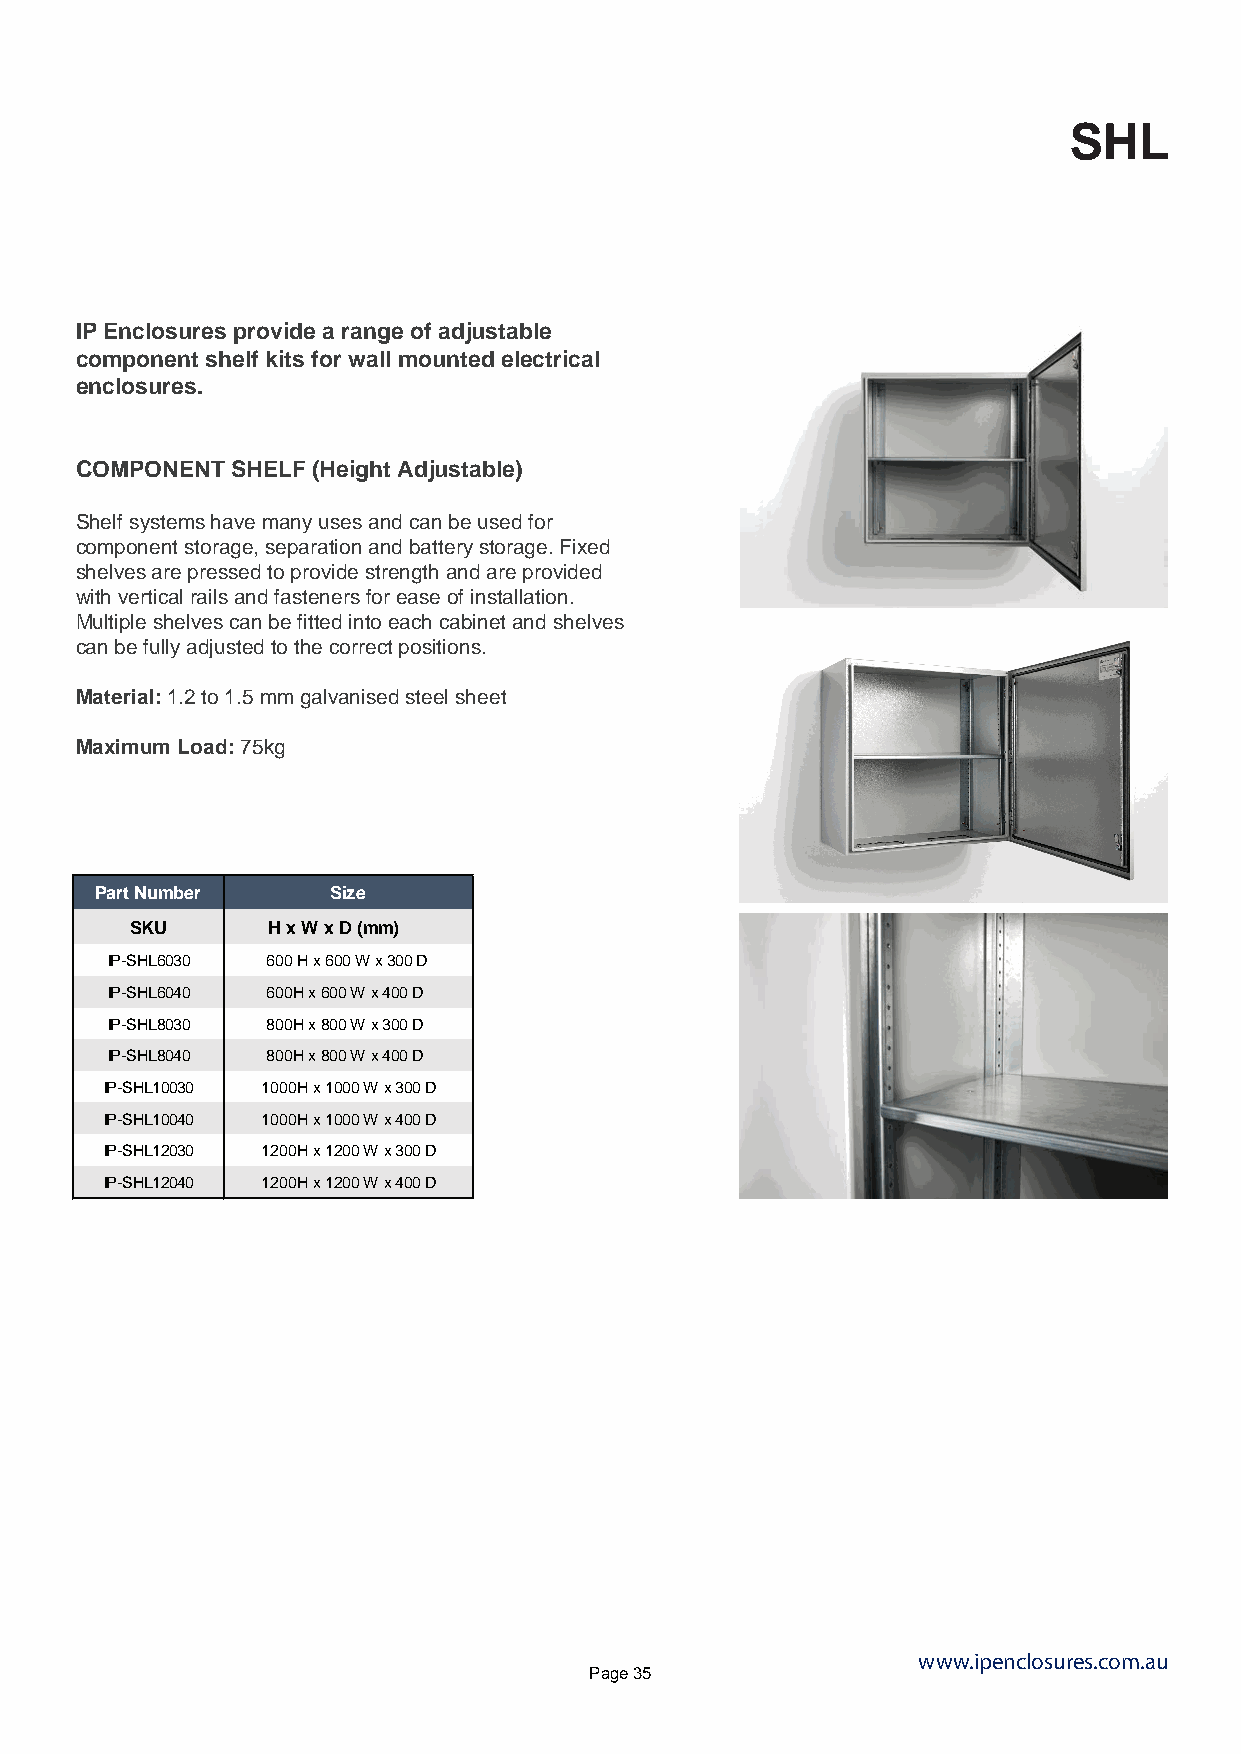
SHL
 IP Enclosures provide a range of adjustable
 component shelf kits for wall mounted electrical
 enclosures.
 COMPONENT SHELF (Height Adjustable)
 Shelf systems have many uses and can be used for
 component storage, separation and battery storage. Fixed
 shelves are pressed to provide strength and are provided
 with vertical rails and fasteners for ease of installation.
 Multiple shelves can be fitted into each cabinet and shelves
 can be fully adjusted to the correct positions.
 Material: 1.2 to 1.5 mm galvanised steel sheet
 Maximum Load: 75kg
 Part Number     Size
 SKU      H x W x D (mm)
 IP-SHL6030 600 H x 600 W x 300 D
 IP-SHL6040 600H x 600 W x 400 D
 IP-SHL8030 800H x 800 W x 300 D
 IP-SHL8040 800H x 800 W x 400 D
 IP-SHL10030 1000H x 1000 W x 300 D
 IP-SHL10040 1000H x 1000 W x 400 D
 IP-SHL12030 1200H x 1200 W x 300 D
 IP-SHL12040 1200H x 1200 W x 400 D
 www.ipenclosures.com.au
 Page 35